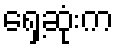
ရှေ့ဆုံးက